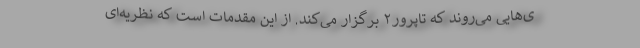
ی‌هایی می‌روند که تاپرور۲ برگزار می‌کند. از این مقدمات است که نظریه‌ای